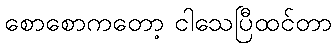
စောစောကတော့ ငါသေပြီထင်တာ